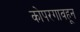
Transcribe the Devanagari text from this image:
कोपरगावहून